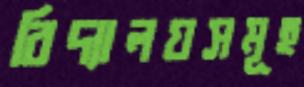
বিদ্যালয়সমূহ